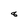
Character: 8